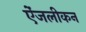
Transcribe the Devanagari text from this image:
ऐंजलीकन